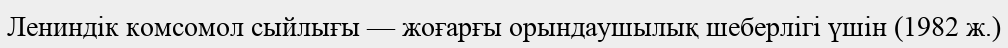
Лениндік комсомол сыйлығы — жоғарғы орындаушылық шеберлігі үшін (1982 ж.)